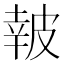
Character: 𤿹